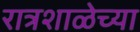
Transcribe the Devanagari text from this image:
रात्रशाळेच्या